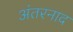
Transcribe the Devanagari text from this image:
अंतरनाद